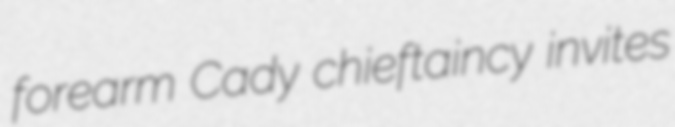
forearm Cady chieftaincy invites